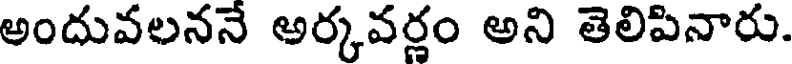
అందువలననే అర్కవర్ణం అని తెలిపినారు.